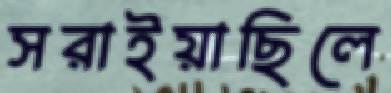
সরাইয়াছিলে